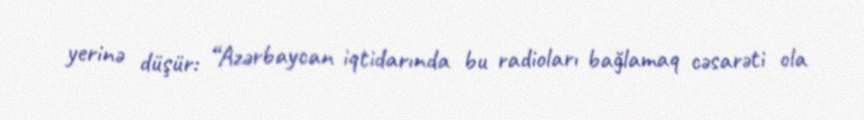
yerinə düşür: “Azərbaycan iqtidarında bu radioları bağlamaq cəsarəti ola